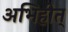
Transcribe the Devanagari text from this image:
अभिहीत्